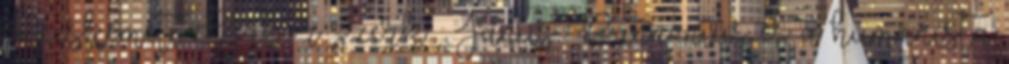
Kecskeméti Gábor szerk. : Janus Pannonius és a humanista